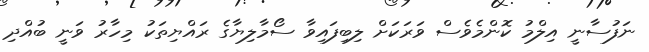
ނަފުސާނީ އިލްމު ކޮންމެވެސް ވަރަކަށް ލިބިފައިވާ ސޯމާލިޔާގެ ރައްޔިތަކު މިހާރު ވަނީ ބުއްދި